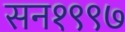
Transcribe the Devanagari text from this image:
सन१९९७